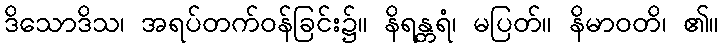
ဒိသောဒိသ၊ အရပ်တက်ဝန်ခြင်း၌။ နိရန္တရံ၊ မပြတ်။ နိမာဝတိ၊ ၏။